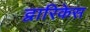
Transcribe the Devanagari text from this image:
द्वारिकेस